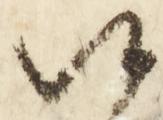
候